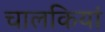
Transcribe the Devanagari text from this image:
चालकियां